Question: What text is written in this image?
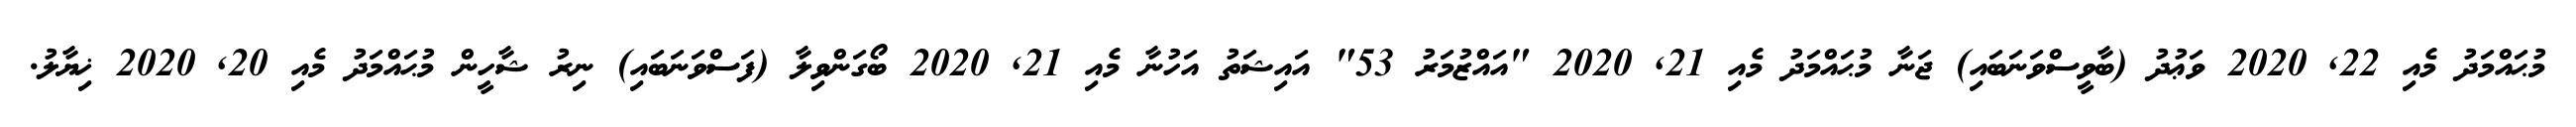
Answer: މުޙައްމަދު މެއި 22, 2020 ވަޢުދު (ބާވީސްވަނަބައި) ޖަނާ މުޙައްމަދު މެއި 21, 2020 "އައްޒުމަރު 53" އައިޝަތު އަހުނާ މެއި 21, 2020 ބޯގަންވިލާ (ފަސްވަނަބައި) ނިރު ޝާހީން މުޙައްމަދު މެއި 20, 2020 ޚިޔާލު.